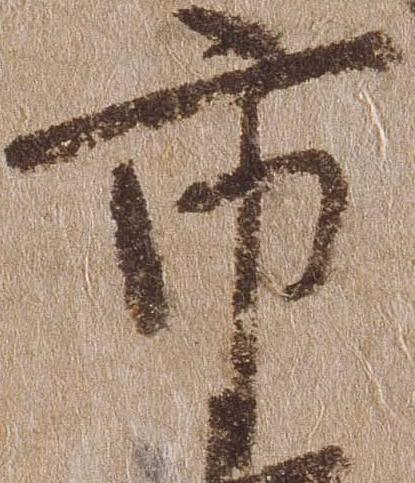
市